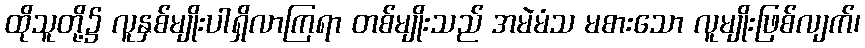
ထိုသူတို့၌ လူနှစ်မျိုးပါရှိလာကြရာ တစ်မျိုးသည် အမဲမံသ မစားသော လူမျိုးဖြစ်လျက်၊